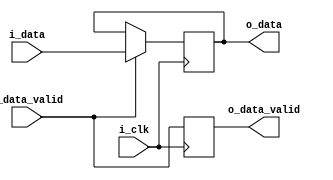
`timescale 1ns / 1ps
//////////////////////////////////////////////////////////////////////////////////
// Company: 
// Engineer: 
// 
// Design Name: 
// Module Name: dataReg
// Project Name: 
// Target Devices: 
// Tool Versions: 
// Description: 
// 
// Dependencies: 
// 
// Revision:
// Revision 0.01 - File Created
// Additional Comments:
// 
//////////////////////////////////////////////////////////////////////////////////


module dataReg #(parameter dataWidth=1)(
input i_clk,
input [dataWidth-1:0] i_data,
input i_data_valid,
output reg [dataWidth-1:0] o_data,
output reg o_data_valid
);


always @(posedge i_clk)
begin
    if(i_data_valid)
        o_data <= i_data;
    o_data_valid <= i_data_valid;
end

endmodule